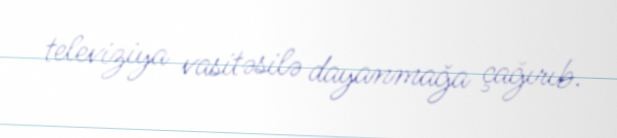
televiziya vasitəsilə dayanmağa çağırıb.